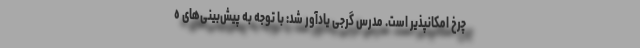
چرخ امکانپذیر است. مدرس گرجی یادآور شد: با توجه به پیش‌بینی‌های ه